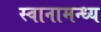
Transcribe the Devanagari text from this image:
स्वानामन्ध्य